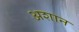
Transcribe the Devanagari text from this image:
अशान